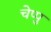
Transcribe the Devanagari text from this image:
चेप्पु